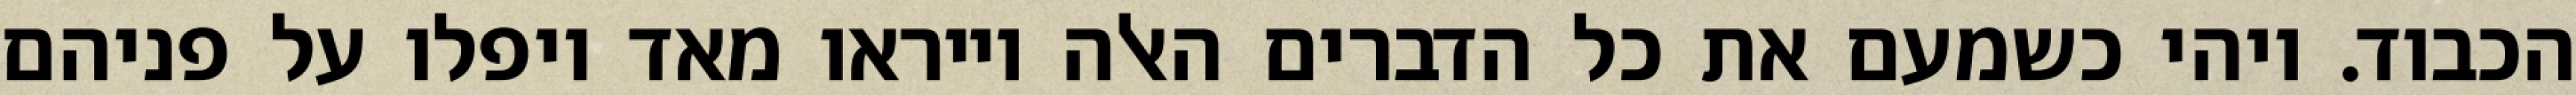
הכבוד. ויהי כשמעם את כל הדברים האלה וייראו מאד ויפלו על פניהם